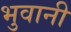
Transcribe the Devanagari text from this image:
भुवानी